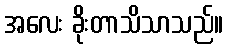
အလေး ခိုးတာသိသာသည်။